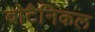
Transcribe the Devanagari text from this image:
वोटैनिकल